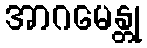
အာဂမေန္တု